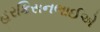
હરકિસનભાઈએ